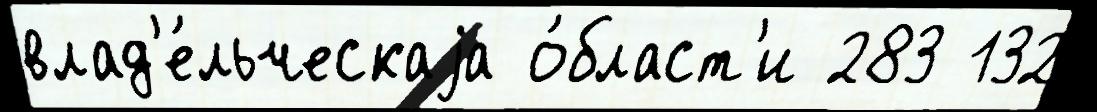
влад'е́льческаjа о́бласт'и 283 132